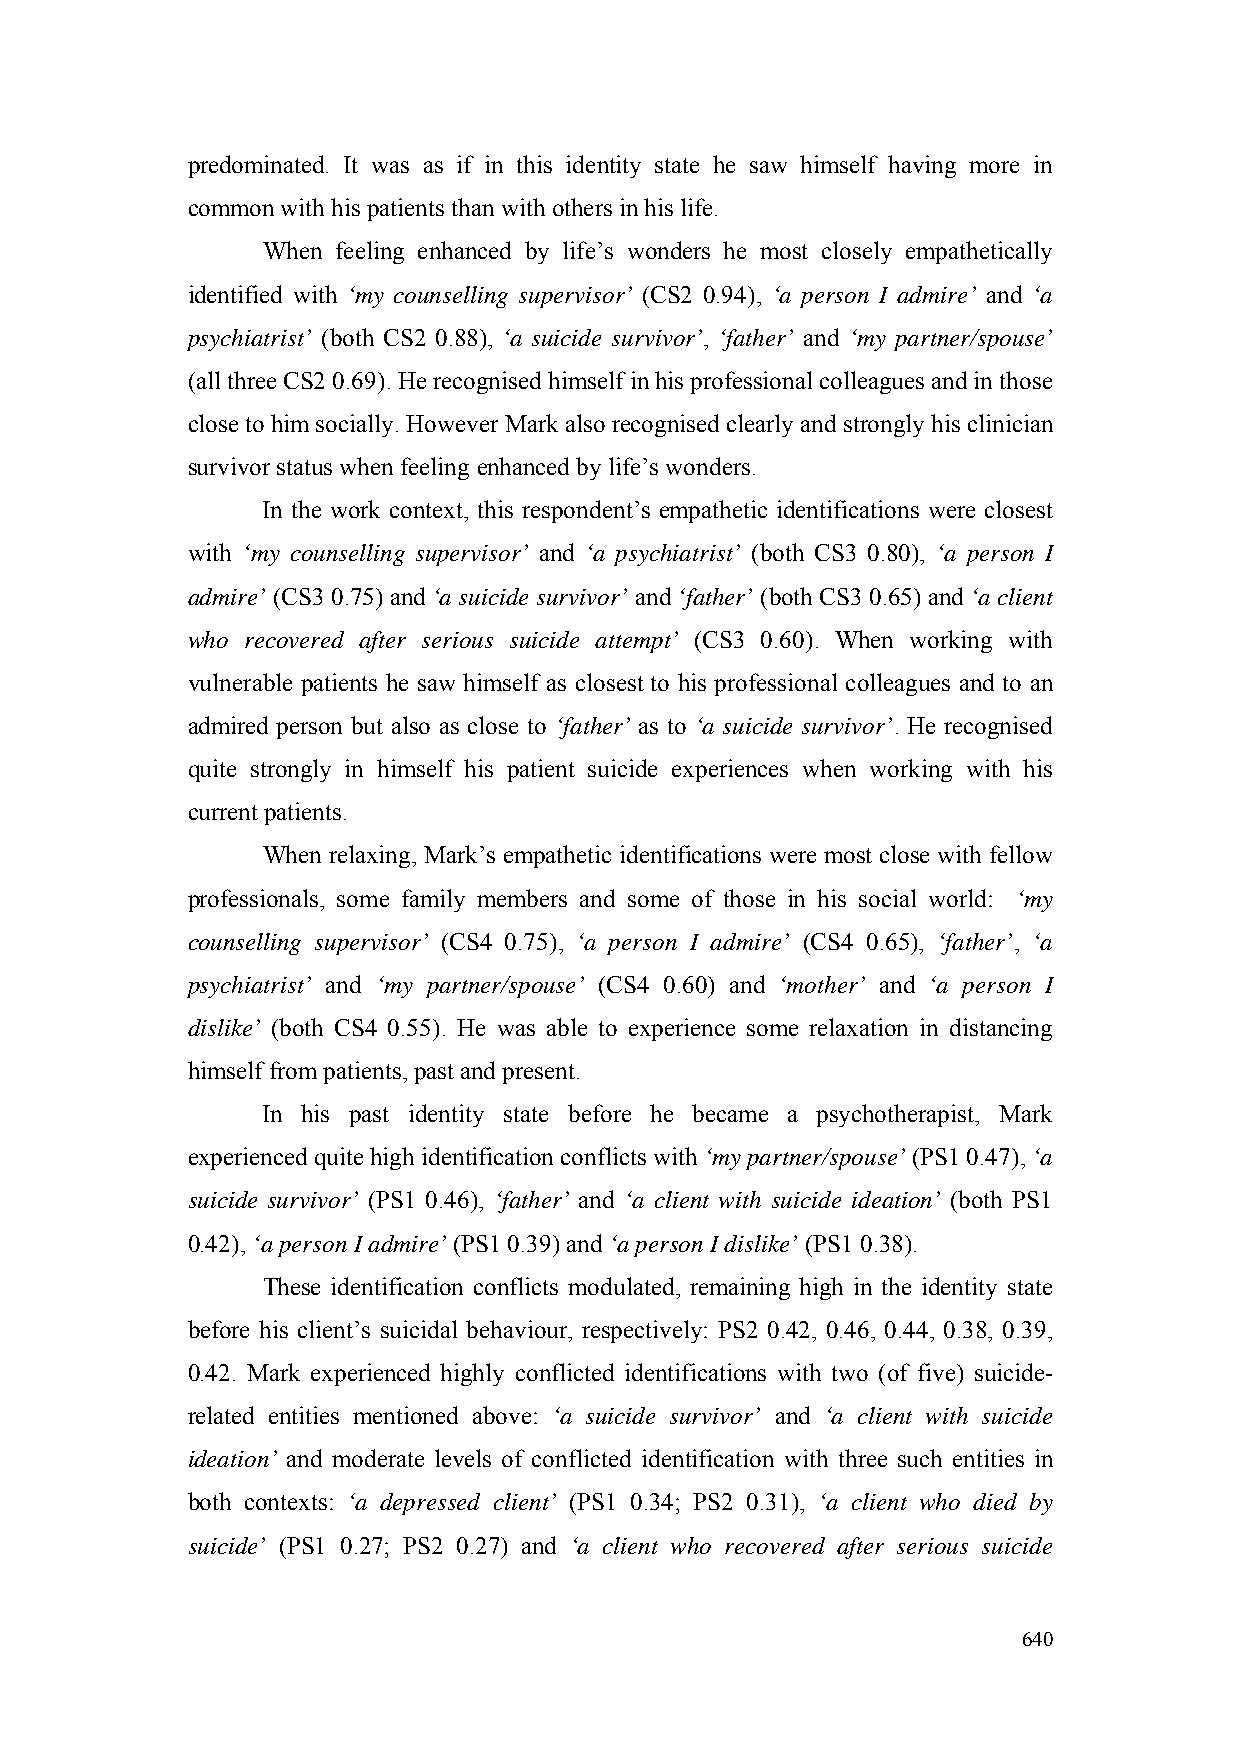
predominated. It was as if in this identity state he saw himself having more in
 common with his patients than with others in his life.
 When feeling enhanced by life’s wonders he most closely empathetically
 identified with ‘my counselling supervisor’ (CS2 0.94), ‘a person I admire’ and ‘a
 psychiatrist’ (both CS2 0.88), ‘a suicide survivor’, ‘father’ and ‘my partner/spouse’
 (all three CS2 0.69). He recognised himself in his professional colleagues and in those
 close to him socially. However Mark also recognised clearly and strongly his clinician
 survivor status when feeling enhanced by life’s wonders.
 In the work context, this respondent’s empathetic identifications were closest
 with ‘my counselling supervisor’ and ‘a psychiatrist’ (both CS3 0.80), ‘a person I
 admire’ (CS3 0.75) and ‘a suicide survivor’ and ‘father’ (both CS3 0.65) and ‘a client
 who recovered after serious suicide attempt’ (CS3 0.60). When working with
 vulnerable patients he saw himself as closest to his professional colleagues and to an
 admired person but also as close to ‘father’ as to ‘a suicide survivor’. He recognised
 quite strongly in himself his patient suicide experiences when working with his
 current patients.
 When relaxing, Mark’s empathetic identifications were most close with fellow
 professionals, some family members and some of those in his social world: ‘my
 counselling supervisor’ (CS4 0.75), ‘a person I admire’ (CS4 0.65), ‘father’, ‘a
 psychiatrist’ and ‘my partner/spouse’ (CS4 0.60) and ‘mother’ and ‘a person I
 dislike’ (both CS4 0.55). He was able to experience some relaxation in distancing
 himself from patients, past and present.
 In his past identity state before he became a psychotherapist, Mark
 experienced quite high identification conflicts with ‘my partner/spouse’ (PS1 0.47), ‘a
 suicide survivor’ (PS1 0.46), ‘father’ and ‘a client with suicide ideation’ (both PS1
 0.42), ‘a person I admire’ (PS1 0.39) and ‘a person I dislike’ (PS1 0.38).
 These identification conflicts modulated, remaining high in the identity state
 before his client’s suicidal behaviour, respectively: PS2 0.42, 0.46, 0.44, 0.38, 0.39,
 0.42. Mark experienced highly conflicted identifications with two (of five) suicide-
 related entities mentioned above: ‘a suicide survivor’ and ‘a client with suicide
 ideation’ and moderate levels of conflicted identification with three such entities in
 both contexts: ‘a depressed client’ (PS1 0.34; PS2 0.31), ‘a client who died by
 suicide’ (PS1 0.27; PS2 0.27) and ‘a client who recovered after serious suicide
 640